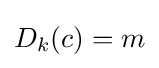
D_{k}(c)=m